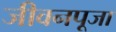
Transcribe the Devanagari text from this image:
जीवनपूजा